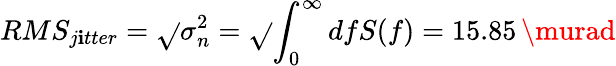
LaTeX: RMS_{j\mathbf{i}tter}=\sqrt{}{{\sigma_{n}^{2}}}=\sqrt{}{{\int_{0}^{\infty}dfS(f)}}=15.85\, \murad